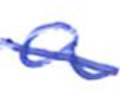
Text: a
Cross-out: single-line
Writing tool: ballpoint